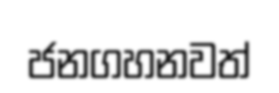
ජනගහනවත්